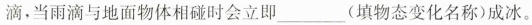
滴，当雨滴与地面物体相碰时会立即___(填物态变化名称)成冰。